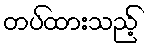
တပ်ထားသည့်